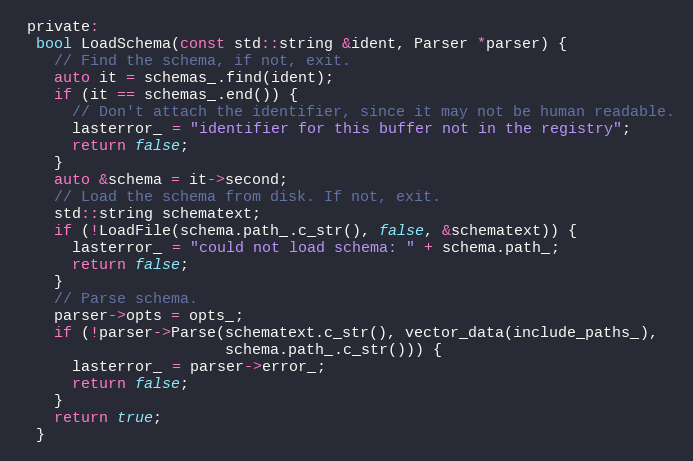
Language: C
 private:
  bool LoadSchema(const std::string &ident, Parser *parser) {
    // Find the schema, if not, exit.
    auto it = schemas_.find(ident);
    if (it == schemas_.end()) {
      // Don't attach the identifier, since it may not be human readable.
      lasterror_ = "identifier for this buffer not in the registry";
      return false;
    }
    auto &schema = it->second;
    // Load the schema from disk. If not, exit.
    std::string schematext;
    if (!LoadFile(schema.path_.c_str(), false, &schematext)) {
      lasterror_ = "could not load schema: " + schema.path_;
      return false;
    }
    // Parse schema.
    parser->opts = opts_;
    if (!parser->Parse(schematext.c_str(), vector_data(include_paths_),
                       schema.path_.c_str())) {
      lasterror_ = parser->error_;
      return false;
    }
    return true;
  }